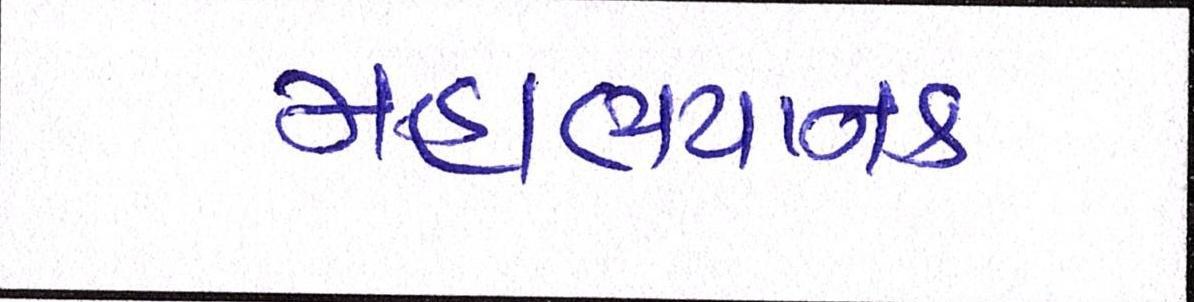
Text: મહાભયાનક